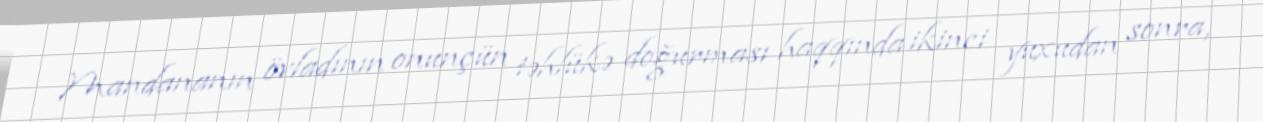
Mandananın övladının onunçün təhlükə doğurması haqqında ikinci yuxudan sonra,